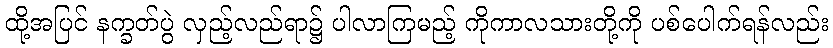
ထို့အပြင် နက္ခတ်ပွဲ လှည့်လည်ရာ၌ ပါလာကြမည့် ကိုကာလသားတို့ကို ပစ်ပေါက်ရန်လည်း